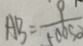
A B = \frac { 9 } { 5 0 0 s o }